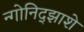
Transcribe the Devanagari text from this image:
न्गोनिद्झाशे